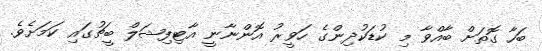
ބަހާ ގޮތަށް ބާއްވާ މި ކުޑަކުދިންގެ ހަވީރު އޮންނާނީ އާޓިފިޝަލް ބީޗުގައި ކަމަށެވެ.